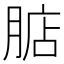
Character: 𣎀